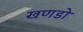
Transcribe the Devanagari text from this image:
खणडो